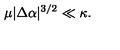
\mu | \Delta \alpha | ^ { 3 / 2 } \ll \kappa .